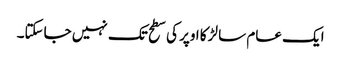
ایک عام سا لڑکا اوپر کی سطح تک نہیں جاسکتا۔